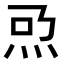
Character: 𤆨